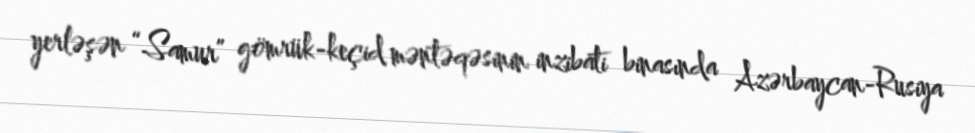
yerləşən “Samur” gömrük-keçid məntəqəsinin inzibati binasında Azərbaycan-Rusiya